Medical and sanitary report of the native army of Madras for the year
Year: 1872
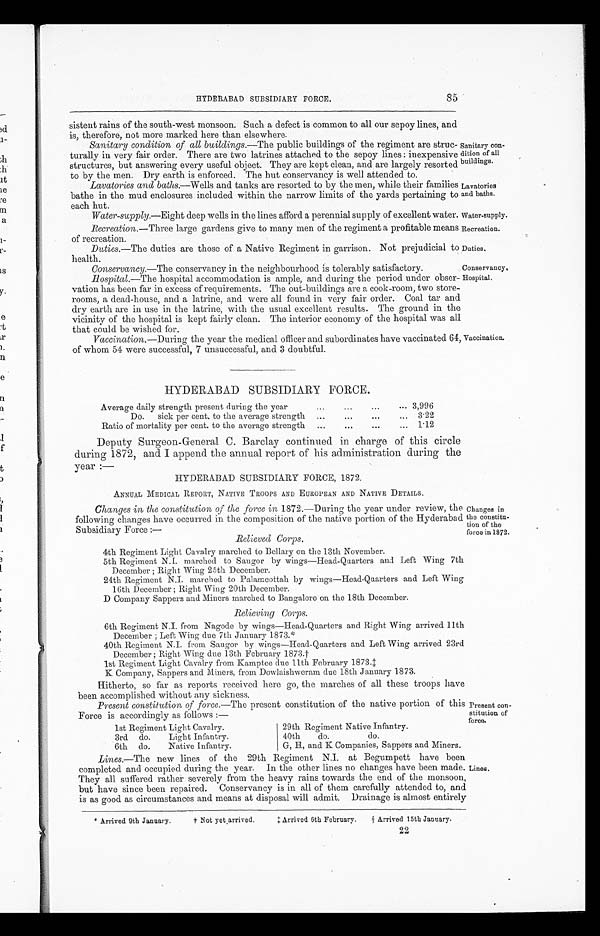
Sanitary con
-dition of all
buildings.
Lavatories
and baths.
Water-supply.
Recreation.
Duties.
85
HYDERABAD SUBSIDIARY FORCE.
sistent rains of the south-west monsoon. Such a defect is common to all our sepoy lines, and
is, therefore, not more marked here than elsewhere.
Sanitary condition of all buildings .—The public buildings of the regiment are struc
-turally in very fair order. There are two latrines attached to the sepoy lines: inexpensive
structures, but answering every useful object. They are kept clean, and are largely resorted
to by the men. Dry earth is enforced. The hut conservancy is well attended to.
Lavatories and baths.—Wells and tanks are resorted to by the men, while their families
bathe in the mud enclosures included within the narrow limits of the yards pertaining to
each hut.
Water-supply .—Eight deep wells in the lines afford a perennial supply of excellent water.
Recreation .—Three large gardens give to many men of the regiment a profitable means
of recreation.
Duties .—The duties are those of a Native Regiment in garrison. Not prejudicial to
health.
Conservancy.—The conservancy in the neighbourhood is tolerably satisfactory.
Conservancy.
Hospital.—The hospital accommodation is ample, and during the period under obser
-vation has been far in excess of requirements. The out-buildings are a cook-room, two store
-rooms, a dead-house, and a latrine, and were all found in very fair order. Coal tar and
dry earth are in use in the latrine, with the usual excellent results. The ground in the
vicinity of the hospital is kept fairly clean. The interior economy of the hospital was all
that could be wished for.
Vaccination .—During the year the medical officer and subordinates have vaccinated 64
of whom 54 were successful, 7 unsuccessful, and 3 doubtful.
HYDERABAD SUBSIDIARY FORCE.
Average daily strength present during the year . . . 3,996
Do. sick per cent, to the average strength . . .
1
Ratio of mortality per cent. to the average strength . . .
1.12
Deputy Surgeon-General C. Barclay continued in charge of this circle
during 1872, and I append the annual report of his administration during the
year :—
HYDERABAD SUBSIDIARY FORCE, 1872.
ANNUAL MEDICAL REPORT, NATIVE TROOPS AND EUROPEAN AND NATIVE DETAILS.
Changes in the constitution of the force in 1872.—During the year under review, the
following changes have occurred in the composition of the native portion of the Hyderabad
Subsidiary Force :—
Relieved Corps.
4th Regiment Light Cavalry marched to Bellary on the 13th November.
5th Regiment N.I. marched to Saugor by wings—Head-Quarters and Left Wing 7th
December ; Right Wing 25th December.
24th Regiment N.I. marched to Palamcottah by wings—Head-Quarters and Left Wing
16th December ; Right Wing 20th December.
D Company Sappers and Miners marched to Bangalore on the 18th December.
Relieving Corps.
6th Regiment N.I. from Nagode by wings—Head-Quarters and Right Wing arrived 11th
December ; Left Wing due 7th Jannary 1873.*
40th Regiment N.I. from Saugor by wings—Head-Quarters and Left Wing arrived 23rd
December; Right Wing due 13th February 1873.
†
1st Regiment Light Cavalry from Kamptee due 11th February 1873.‡
K Company, Sappers and Miners, from Dowlaishweram due 18th January 1873.
Hitherto, so far as reports received here go, the marches of all these troops have
been accomplished without any sickness.
Present constitution of force .—The present constitution of the native portion of this
Force is accordingly as follows :—
29th Regiment Native Infantry.
40th do.
do.
G, H, and K Companies, Sappers and Miners.
1st Regiment Light Cavalry.
3rd do. Light Infantry.
6th do. Native
In fantry.
Hospital.
Vaccination.
Changes in
the constitu
-tion of the
force in 1872.
Present con
-stitution of
force.
Lines .—The new lines of the 29th Regiment N.I. at Begumpett have been
completed and occupied during the year. In the other lines no changes have been made.
They all suffered rather severely from the heavy rains towards the end of the monsoon,
but have since been repaired. Conservancy is in all of them carefully attended to, and
is as good as circumstances and means at disposal will admit. Drainage is almost entirely
* Arrived 9th January. † Not yet_arrived. ‡Arrived 6th February. Arrived 15th January.
Lines.
22